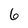
Character: 6